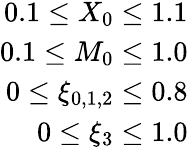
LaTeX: \begin{array}{r}{0.1\leq X_{0}\leq 1.1}\\ {0.1\leq M_{0}\leq 1.0}\\ {0\leq\xi_{0,1,2}\leq 0.8}\\ {0\leq\xi_{3}\leq 1.0}\end{array}